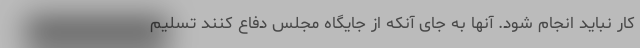
کار نباید انجام شود. آنها به جای آنکه از جایگاه مجلس دفاع کنند تسلیم